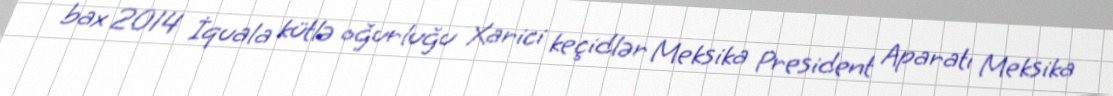
bax 2014 İquala kütlə oğurluğu Xarici keçidlər Meksika President Aparatı Meksika